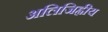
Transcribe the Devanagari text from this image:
अलिजिह्वीय